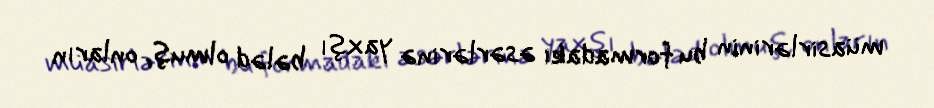
müasirlərinin bu formadakı əsərlərinə yaxşı bələd olmuş, onların